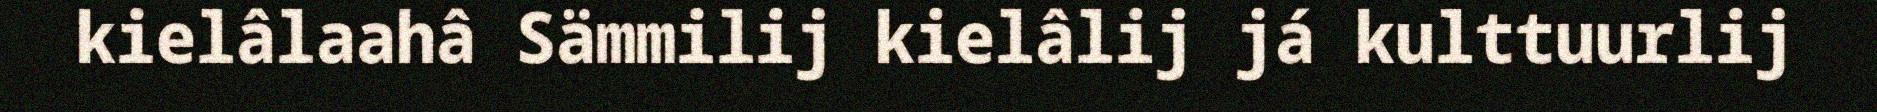
kielâlaahâ Sämmilij kielâlij já kulttuurlij